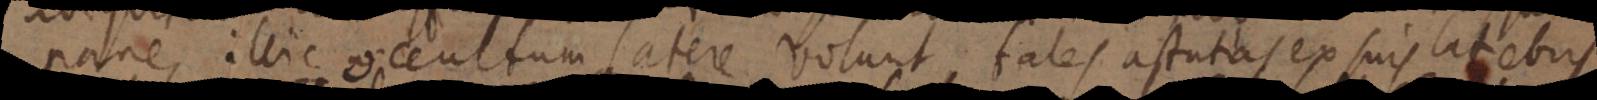
pane, illic occultum latere volunt tales astutias ex suis latebri